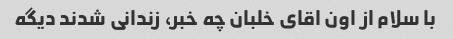
با سلام از اون اقای خلبان چه خبر، زندانی شدند دیگه